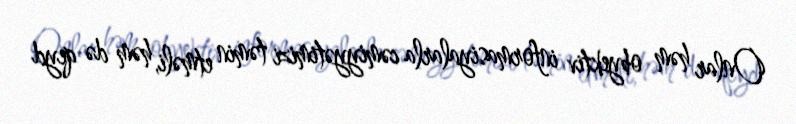
Onlar həm obyektiv informasiyalarla cəmiyyətimizi təmin etməli, həm də qeyd